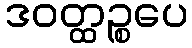
ဒဝတ္ထဉ္စပေ